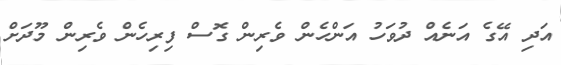
އަދި އޭގެ އަނެއް ދުވަހު އަންހެން ވެރިން ގޮސް ފިރިހެން ވެރިން މޫދަށް